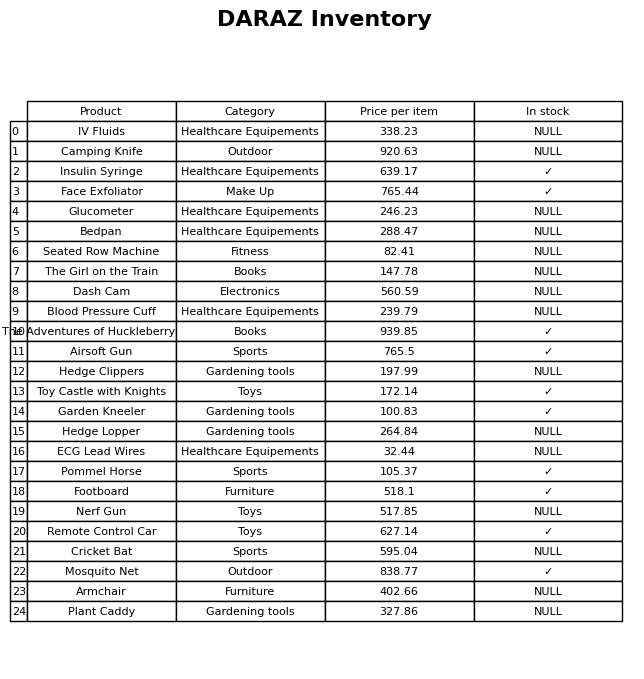
question: Which products are available in stock?
answer: Insulin Syringe, Face Exfoliator, The Adventures of Huckleberry Finn, Airsoft Gun, Toy Castle with Knights, Garden Kneeler, Pommel Horse, Footboard, Remote Control Car, Mosquito Net